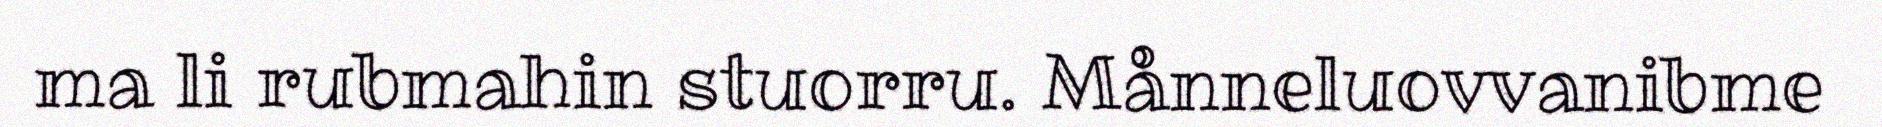
ma li rubmahin stuorru. Månneluovvanibme